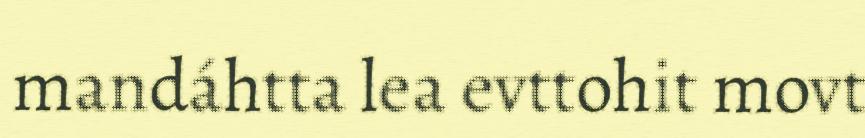
mandáhtta lea evttohit movt